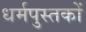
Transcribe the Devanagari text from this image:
धर्मपुस्तकों